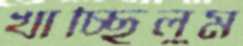
খাচ্ছিলুম